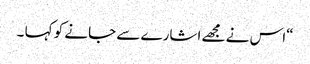
“اس نے مجھے اشارے سے جانے کو کہا ۔